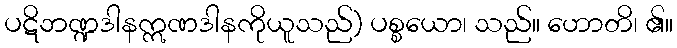
ပဋိဘဏ္ဍဒါနဣဏဒါနကိုယူသည်) ပစ္စယော၊ သည်။ ဟောတိ၊ ၏။